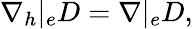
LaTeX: \nabla_{h}|_{e}D=\nabla|_{e}D,